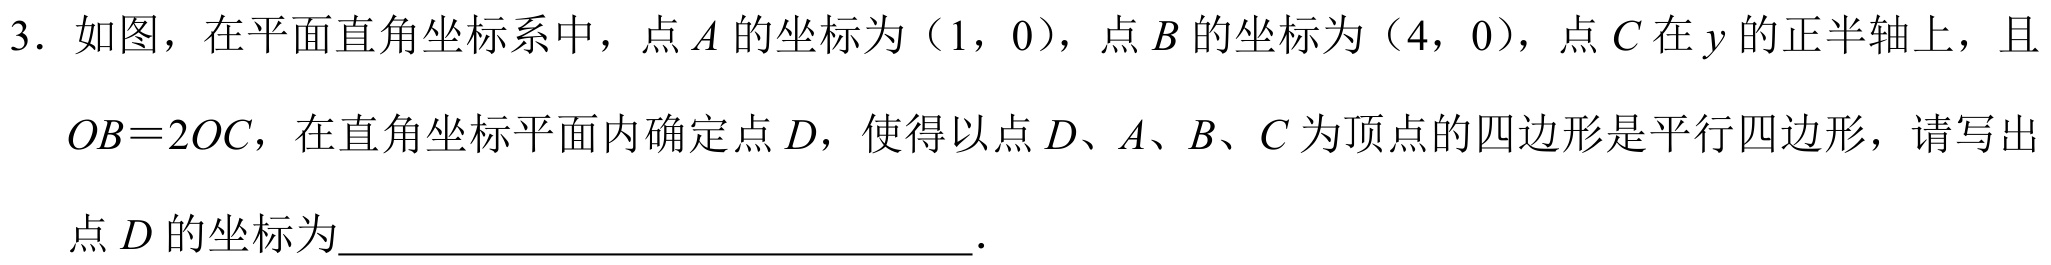
3. 如图，在平面直角坐标系中，点\(A\)的坐标为（1，0），点\(B\)的坐标为（4，0），点\(C\)在\(y\)的正半轴上，且
\(OB = 2OC\)，在直角坐标平面内确定点\(D\)，使得以点\(D\)、\(A\)、\(B\)、\(C\)为顶点的四边形是平行四边形，请写出
点\(D\)的坐标为___.